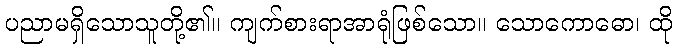
ပညာမရှိသောသူတို့၏။ ကျက်စားရာအာရုံဖြစ်သော။ သောကောဓော၊ ထို